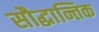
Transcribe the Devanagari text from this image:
सौद्धान्तिक